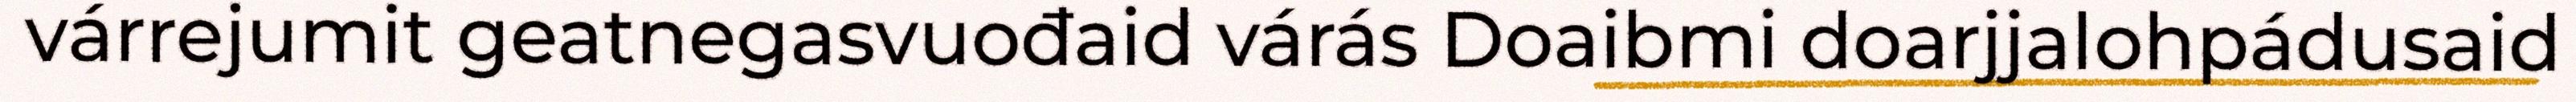
várrejumit geatnegasvuođaid várás Doaibmi doarjjalohpádusaid